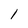
Character: l